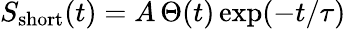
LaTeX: S_{\mathrm{short}}(t)=A\, \Theta(t)\exp(-t/\tau)